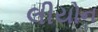
લીયોન